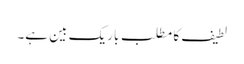
لطیف کا مطلب باریک بین ہے۔